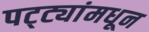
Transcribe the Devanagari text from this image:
पट्ट्यांमधून